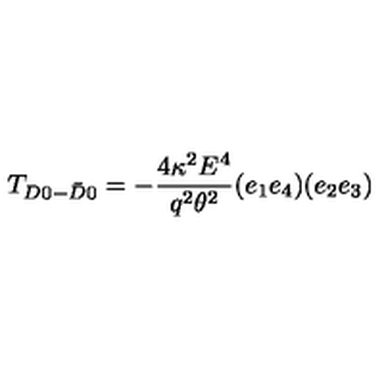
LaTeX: T _ { D 0 - \bar { D } 0 } = - \frac { 4 \kappa ^ { 2 } E ^ { 4 } } { q ^ { 2 } \theta ^ { 2 } } ( e _ { 1 } e _ { 4 } ) ( e _ { 2 } e _ { 3 } )